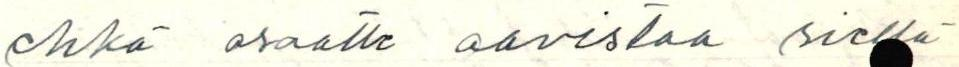
ehkä osaatte aavistaa siellä